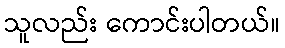
သူလည်း ကောင်းပါတယ်။